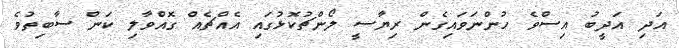
އަދި އަދީބު އިސްވެ ހުންނަވައިގެން ރިޔާސީ ލޯންޗުކޮޅުގައި އެއްޗެއް ގޮއްވާލި ކަން ސާބިތުވެ